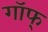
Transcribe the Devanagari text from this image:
गॉफ्